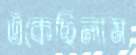
এঁকেছিলাম